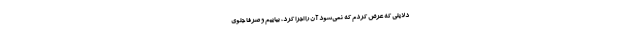
دلایلی که عرض کردم که نمی‌شود آن را اجرا کرد، بیاییم و صرفا جلوی